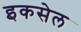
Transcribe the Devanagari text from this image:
इकसेल